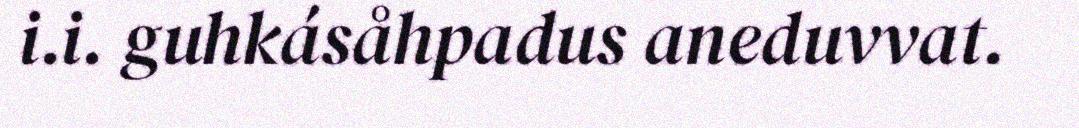
i.i. guhkásåhpadus aneduvvat.